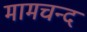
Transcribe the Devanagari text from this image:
मामचन्द